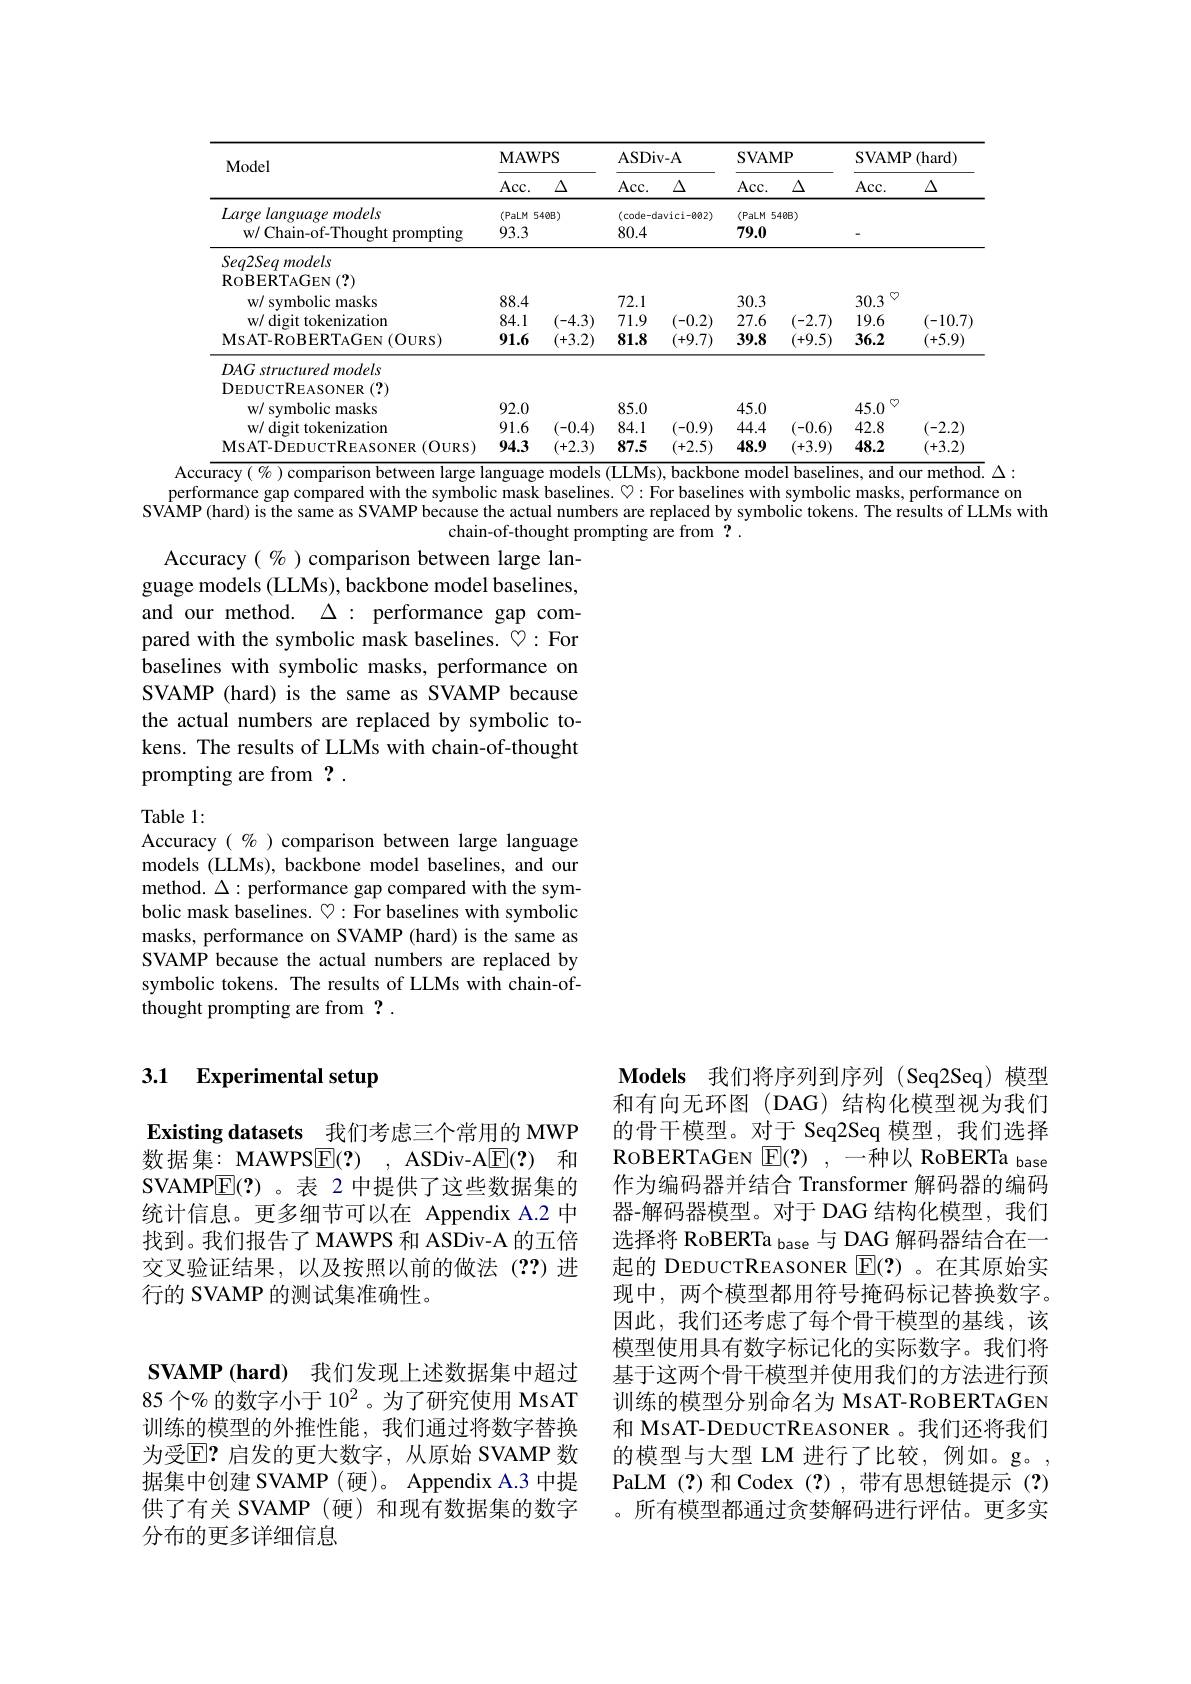
<table>
	<tbody>
		<tr>
			<th rowspan="2">Model Large language models</th>
			<th colspan="2">$\mathbf{MAWPS}$</th>
			<th colspan="2">ASDiv- A</th>
			<th colspan="2">${\mathrm{SVAMP}}$</th>
			<th colspan="2">SVAMP (hard)</th>
		</tr>
		<tr>
			<th>$Acc.$</th>
			<th>$\Delta$</th>
			<th>Acc. </th>
			<th>$\Delta$</th>
			<th>$Acc.$</th>
			<th>$\Delta$</th>
			<th>$Acc.$</th>
			<th>$\Delta$</th>
		</tr>
		<tr>
			<td>Large language models w/ Chain-of-Thought promptin</td>
			<td>$(PaLM$ T 1 93.3</td>
			<td>$40B)$</td>
			<td>$(code-d$ 80.4</td>
			<td>$avici-002)$</td>
			<td>(PaLM 5. 1 79.0</td>
			<td>$40B)$</td>
			<td> </td>
			<td> </td>
		</tr>
		<tr>
			<td>$Seq2Seqmodels$</td>
			<td> </td>
			<td> </td>
			<td> </td>
			<td> </td>
			<td> </td>
			<td> </td>
			<td> </td>
			<td> </td>
		</tr>
		<tr>
			<td>$\operatorname{RoBERTAGEN}\left(?\right)$</td>
			<td> </td>
			<td> </td>
			<td> </td>
			<td> </td>
			<td> </td>
			<td> </td>
			<td> </td>
			<td> </td>
		</tr>
		<tr>
			<td>w/ symbolic masks</td>
			<td>88.4</td>
			<td> </td>
			<td>72.1</td>
			<td> </td>
			<td>30.3</td>
			<td> </td>
			<td>30.3</td>
			<td> </td>
		</tr>
		<tr>
			<td>w/ digit tokenization</td>
			<td>84.1</td>
			<td>-4.3)</td>
			<td>71. .9 </td>
			<td>-0.2)</td>
			<td>27.6</td>
			<td>-2.7)</td>
			<td>19.6</td>
			<td>-10.7</td>
		</tr>
		<tr>
			<td>MsAT- ROBERTAGEN ( OURS) </td>
			<td>11 91.6</td>
			<td>- (+3.2)</td>
			<td>117 81.8</td>
			<td>(+9.7)</td>
			<td>11 39.8</td>
			<td>11 (+9.5)</td>
			<td>PITT 36.2</td>
			<td>(+5.9)</td>
		</tr>
		<tr>
			<td>$DAG$ turedmodels</td>
			<td> </td>
			<td> </td>
			<td> </td>
			<td> </td>
			<td> </td>
			<td> </td>
			<td> </td>
			<td> </td>
		</tr>
		<tr>
			<td>DEDUCTREASONER $\{(?)$</td>
			<td> </td>
			<td> </td>
			<td> </td>
			<td> </td>
			<td> </td>
			<td> </td>
			<td> </td>
			<td> </td>
		</tr>
		<tr>
			<td>w/ symbolic masks</td>
			<td>92.0</td>
			<td> </td>
			<td>85.0</td>
			<td> </td>
			<td>45.0</td>
			<td> </td>
			<td>45.0</td>
			<td> </td>
		</tr>
		<tr>
			<td>w/ digit tokenization</td>
			<td>91.6</td>
			<td>-0.4</td>
			<td>84.1</td>
			<td>-0.9)</td>
			<td>44.4</td>
			<td>-0.6)</td>
			<td>42.8</td>
			<td>-2.2)</td>
		</tr>
		<tr>
			<td>$(OURS)$ MsAT-DEDUCTREASONER</td>
			<td>94.3</td>
			<td>+2.3)</td>
			<td></td>
			<td>+2.5 1</td>
			<td>48.9</td>
			<td>+3.9)</td>
			<td></td>
			<td>+3.2)</td>
		</tr>
	</tbody>
</table>

Accuracy( % ) comparison between large language models (LLMs), backbone model baselines, and our method. $\Delta:$

performance gap compared with the symbolic mask baselines. $\heartsuit:$For baselines with symbolic masks, performance on
SVAMP(hard) is the same as SVAMP because the actual numbers are replaced by symbolic tokens. The results of LLMs with
chain-of-thought prompting are from ?.
Accuracy ( % ) comparison between large lan-

guage models (LLMs), backbone model baselines, and our method. $\Delta:$ performance gap compared with the symbolic mask baselines. ♡: For baselines with symbolic masks, performance on SVAMP (hard) is the same as SVAMP because the actual numbers are replaced by symbolic tokens. The results of LLMs with chain-of-thought prompting are from ?

Table 1:
Accuracy $(0\%)$ comparison between large language models (LLMs), backbone model baselines, and our method. $\Delta:$ performance gap compared with the symbolic mask baselines. $\heartsuit:$For baselines with symbolic masks, performance on SVAMP (hard) is the same as SVAMP because the actual numbers are replaced by symbolic tokens. The results of LLMs with chain-ofthought prompting are from ?

### 3.1 Experimental setup

Existing datasets 我们考虑三个常用的 MWP 数据集：MAWPSE(?), ASDiv-A$\boxed{\mathrm{E}}(?)$和SVAMP$\boxed{\mathrm{E}}(?)$ 。表 2 中提供了这些数据集的统计信息。更多细节可以在 Appendix A.2 中找到。我们报告了 MAWPS 和 ASDiv-A 的五倍交叉验证结果，以及按照以前的做法(??)进行的 SVAMP 的测试集准确性。

Models 我们将序列到序列 (Seq2Seq)模型和有向无环图(DAG)结构化模型视为我们的骨干模型。对于 Seq2Seq 模型，我们选择ROBERTAGEN $\mathbb{E} ( ? )$ , -种以 RoBERTa base 作为编码器并结合 Transformer 解码器的编码器-解码器模型。对于 DAG 结构化模型，我们选择将 RoBERTa $_\mathrm{hase}$与 DAG 解码器结合在一起的 DEDUCTREASONER $\overline{\mathrm{E}}(?)$ 。在其原始实现中，两个模型都用符号掩码标记替换数字。因此，我们还考虑了每个骨干模型的基线，该模型使用具有数字标记化的实际数字。我们将基于这两个骨干模型并使用我们的方法进行预训练的模型分别命名为 MsAT-RoBERTAGEN 和 MsAT-DEDUCTREASONER 。我们还将我们的模型与大型 LM 进行了比较，例如。g。PaLM(?)和 Codex(?),带有思想链提示(?) 。所有模型都通过贪婪解码进行评估。更多实

$\mathbf{SVAMP( hard) }$ 我们发现上述数据集中超过85 个% 的数字小于 10$^2$。为了研究使用 MsAT 训练的模型的外推性能，我们通过将数字替换为受$\mathbb{E}?$ 启发的更大数字，从原始 SVAMP 数据集中创建 SVAMP(硬)。Appendix A.3 中提供了有关 SVAMP(硬)和现有数据集的数字分布的更多详细信息